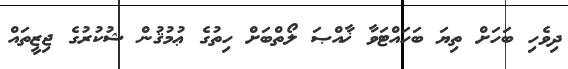
ދިވެހި ބަހަށް ތިޔަ ބަހައްޓަވާ ޚާއްޞަ ލޯތްބަށް ހިތުގެ ޢުމުޤުން ޝުކުރުގެ ޖިޒީތައް